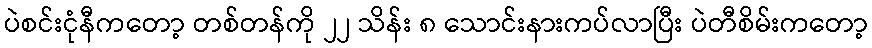
ပဲစင်းငုံနီကတော့ တစ်တန်ကို ၂၂ သိန်း ၈ သောင်းနားကပ်လာပြီး ပဲတီစိမ်းကတော့